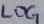
Text: LOG